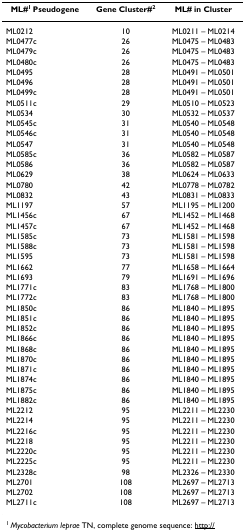
<table><thead><tr><td><b>ML#<sup>1 </sup>Pseudogene</b></td><td><b>Gene Cluster#<sup>2</sup></b></td><td><b>ML# in Cluster</b></td></tr></thead><tbody><tr><td>ML0212</td><td>10</td><td>ML0211 – ML0214</td></tr><tr><td>ML0477c</td><td>26</td><td>ML0475 – ML0483</td></tr><tr><td>ML0479c</td><td>26</td><td>ML0475 – ML0483</td></tr><tr><td>ML0480c</td><td>26</td><td>ML0475 – ML0483</td></tr><tr><td>ML0495</td><td>28</td><td>ML0491 – ML0501</td></tr><tr><td>ML0496</td><td>28</td><td>ML0491 – ML0501</td></tr><tr><td>ML0499c</td><td>28</td><td>ML0491 – ML0501</td></tr><tr><td>ML0511c</td><td>29</td><td>ML0510 – ML0523</td></tr><tr><td>ML0534</td><td>30</td><td>ML0532 – ML0537</td></tr><tr><td>ML0545c</td><td>31</td><td>ML0540 – ML0548</td></tr><tr><td>ML0546c</td><td>31</td><td>ML0540 – ML0548</td></tr><tr><td>ML0547</td><td>31</td><td>ML0540 – ML0548</td></tr><tr><td>ML0585c</td><td>36</td><td>ML0582 – ML0587</td></tr><tr><td>ML0586</td><td>36</td><td>ML0582 – ML0587</td></tr><tr><td>ML0629</td><td>38</td><td>ML0624 – ML0633</td></tr><tr><td>ML0780</td><td>42</td><td>ML0778 – ML0782</td></tr><tr><td>ML0832</td><td>43</td><td>ML0831 – ML0833</td></tr><tr><td>ML1197</td><td>57</td><td>ML1195 – ML1200</td></tr><tr><td>ML1456c</td><td>67</td><td>ML1452 – ML1468</td></tr><tr><td>ML1457c</td><td>67</td><td>ML1452 – ML1468</td></tr><tr><td>ML1585c</td><td>73</td><td>ML1581 – ML1598</td></tr><tr><td>ML1588c</td><td>73</td><td>ML1581 – ML1598</td></tr><tr><td>ML1595</td><td>73</td><td>ML1581 – ML1598</td></tr><tr><td>ML1662</td><td>77</td><td>ML1658 – ML1664</td></tr><tr><td>ML1693</td><td>79</td><td>ML1691 – ML1696</td></tr><tr><td>ML1771c</td><td>83</td><td>ML1768 – ML1800</td></tr><tr><td>ML1772c</td><td>83</td><td>ML1768 – ML1800</td></tr><tr><td>ML1850c</td><td>86</td><td>ML1840 – ML1895</td></tr><tr><td>ML1851c</td><td>86</td><td>ML1840 – ML1895</td></tr><tr><td>ML1852c</td><td>86</td><td>ML1840 – ML1895</td></tr><tr><td>ML1866c</td><td>86</td><td>ML1840 – ML1895</td></tr><tr><td>ML1868c</td><td>86</td><td>ML1840 – ML1895</td></tr><tr><td>ML1870c</td><td>86</td><td>ML1840 – ML1895</td></tr><tr><td>ML1871c</td><td>86</td><td>ML1840 – ML1895</td></tr><tr><td>ML1874c</td><td>86</td><td>ML1840 – ML1895</td></tr><tr><td>ML1875c</td><td>86</td><td>ML1840 – ML1895</td></tr><tr><td>ML1882c</td><td>86</td><td>ML1840 – ML1895</td></tr><tr><td>ML2212</td><td>95</td><td>ML2211 – ML2230</td></tr><tr><td>ML2214</td><td>95</td><td>ML2211 – ML2230</td></tr><tr><td>ML2216c</td><td>95</td><td>ML2211 – ML2230</td></tr><tr><td>ML2218</td><td>95</td><td>ML2211 – ML2230</td></tr><tr><td>ML2220c</td><td>95</td><td>ML2211 – ML2230</td></tr><tr><td>ML2225c</td><td>95</td><td>ML2211 – ML2230</td></tr><tr><td>ML2328c</td><td>98</td><td>ML2326 – ML2330</td></tr><tr><td>ML2701</td><td>108</td><td>ML2697 – ML2713</td></tr><tr><td>ML2702</td><td>108</td><td>ML2697 – ML2713</td></tr><tr><td>ML2711c</td><td>108</td><td>ML2697 – ML2713</td></tr></tbody></table>